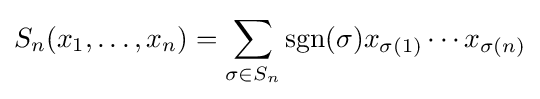
S_{n}(x_{1},\dots ,x_{n})=\sum _{\sigma \in S_{n}}{\text{sgn}}(\sigma )x_{\sigma (1)}\cdots x_{\sigma (n)}